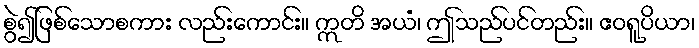
စွဲ၍ဖြစ်သောစကား လည်းကောင်း။ ဣတိ အယံ၊ ဤသည်ပင်တည်း။ ဧဝရူပိယာ၊